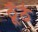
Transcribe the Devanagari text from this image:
ठूँठे